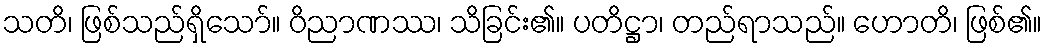
သတိ၊ ဖြစ်သည်ရှိသော်။ ဝိညာဏဿ၊ သိခြင်း၏။ ပတိဋ္ဌာ၊ တည်ရာသည်။ ဟောတိ၊ ဖြစ်၏။